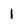
Character: 1